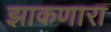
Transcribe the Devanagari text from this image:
झाकणारा